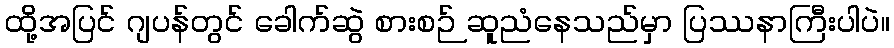
ထို့အပြင် ဂျပန်တွင် ခေါက်ဆွဲ စားစဉ် ဆူညံနေသည်မှာ ပြဿနာကြီးပါပဲ။